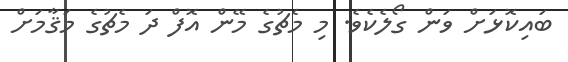
ބައިކޮޅަށް ވަން ގޯލެކެވެ. މި މެޗުގެ މޭން އޮފް ދަ މެޗުގެ މަޤާމަށް